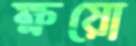
ক্ষয়ো